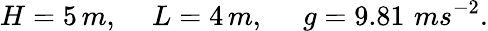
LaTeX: H=5\, m,\quad\, L=4\, m,\, \quad\, g=9.81\, \, ms^{-2}.